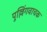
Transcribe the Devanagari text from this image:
पुल्लिंगवाचक